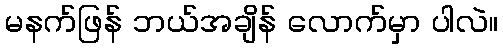
မနက်ဖြန် ဘယ်အချိန် လောက်မှာ ပါလဲ။